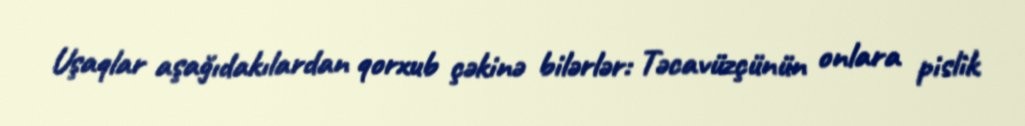
Uşaqlar aşağıdakılardan qorxub çəkinə bilərlər: Təcavüzçünün onlara pislik